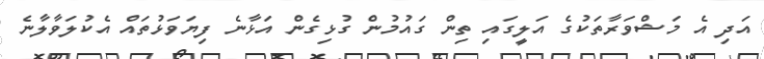
އަދި އެ މަޝްވަރާތަކުގެ އަލީގައި ތިން ގައުމުން ގުޅިގެން އަޅާނެ ފިޔަވަޅުތައް އެކުލަވާލާނެ